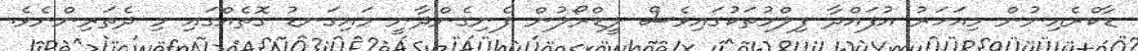
ޑާކްރެއިނުން މިއަހަރު އުފައްދާ ފިލްމުތަކުގައިވެސް ލީޑްރޯލުން ފެނިގެންދާނީ މައިގަނޑު ގޮތެއްގައި މި ދެތަރިންނެވެ.